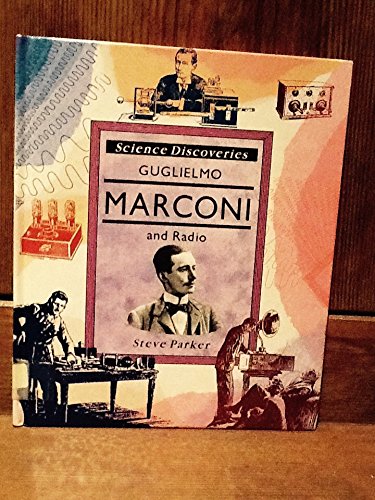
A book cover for GUGLIELMO MARCONI AND RADIO (SCIENCE DISCOVERIES S.); STEVE PARKER; Children's Books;